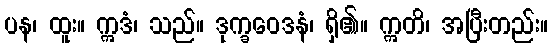
ပန၊ ထူး။ ဣဒံ၊ သည်။ ဒုက္ခဝေဒနံ၊ ရှိ၏။ ဣတိ၊ အပြီးတည်း။